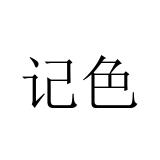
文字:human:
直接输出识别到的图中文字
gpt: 记色